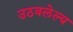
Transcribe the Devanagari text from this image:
उठवलेल्य